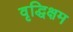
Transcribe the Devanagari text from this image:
वृद्धिक्षम